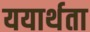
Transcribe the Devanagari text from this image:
ययार्थता